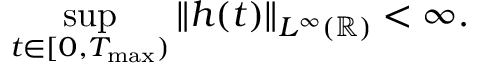
\displaystyle \operatorname* { s u p } _ { t \in [ 0 , T _ { \operatorname* { m a x } } ) } \left\| h ( t ) \right\| _ { L ^ { \infty } ( \mathbb R ) } < \infty .